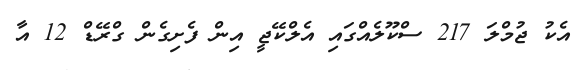
އެކު ޖުމްލަ 217 ސްކޫލެއްގައި އެލްކޭޖީ އިން ފެށިގެން ގްރޭޑް 12 އާ